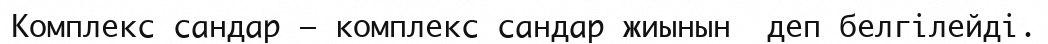
Комплекс сандар — комплекс сандар жиынын  деп белгілейді.